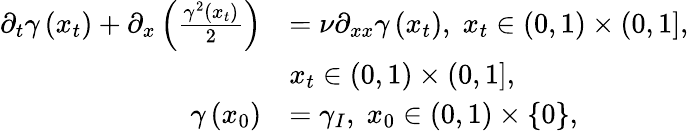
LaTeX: \begin{array}{rl}{\partial_{t}\gamma\left(x_{t}\right)+\partial_{x}\left(\frac{\gamma^{2}\left(x_{t}\right)}{2}\right)}&{=\nu\partial_{xx}\gamma\left(x_{t}\right),\; x_{t}\in\left(0,1\right)\times\left(0,1\right],}\\ &{x_{t}\in\left(0,1\right)\times\left(0,1\right],}\\ {\gamma\left(x_{0}\right)}&{=\gamma_{I},\; x_{0}\in\left(0,1\right)\times\{ 0\} ,}\end{array}